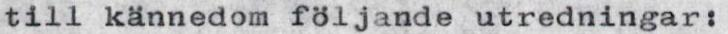
till kännedom följande utredningar: